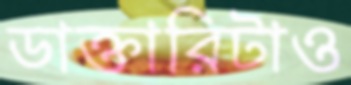
ডাক্তারিটাও